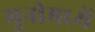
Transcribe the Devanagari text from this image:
मुनीमध्यें